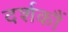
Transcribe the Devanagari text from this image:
दर्शकौं